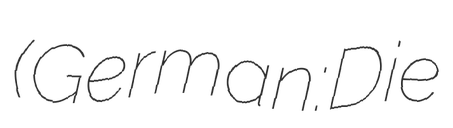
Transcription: (German:Die